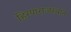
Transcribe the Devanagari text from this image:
हिरणराजस्थान